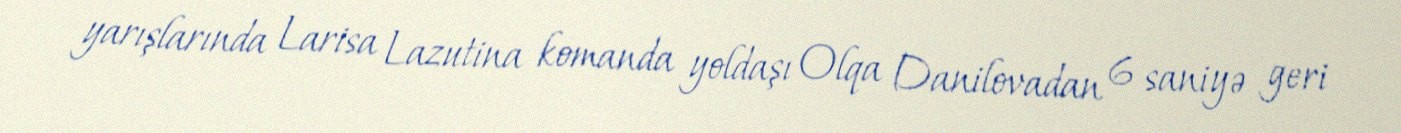
yarışlarında Larisa Lazutina komanda yoldaşı Olqa Danilovadan 6 saniyə geri